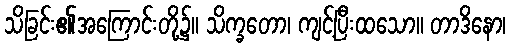
သိခြင်း၏အကြောင်းတို့၌။ သိက္ခတော၊ ကျင့်ပြီးထသော။ တာဒိနော၊